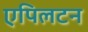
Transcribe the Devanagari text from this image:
एपिलटन